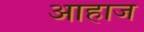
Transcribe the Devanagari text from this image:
आहाज